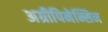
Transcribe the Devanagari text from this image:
अग्रीपिनेन्सिन